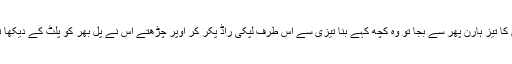
بس کا تیز ہارن پھر سے بجا تو وہ کچھ کہے بنا تیزی سے اس طرف لپکی راڈ پکر کر اوپر چڑھتے اس نے پل بھر کو پلٹ کے دیکھا تھا۔